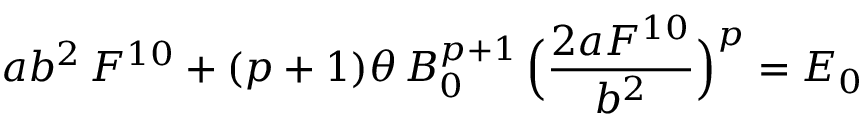
a b ^ { 2 } \, F ^ { 1 0 } + ( p + 1 ) \theta \, B _ { 0 } ^ { p + 1 } \, \Bigl ( \frac { 2 a F ^ { 1 0 } } { b ^ { 2 } } \Bigr ) ^ { p } = E _ { 0 }